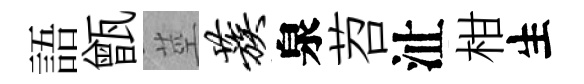
語甑莖蔟泉苕沚柑生